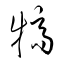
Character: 犒